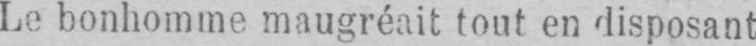
Le bonhomme maugréait tout en disposant